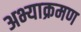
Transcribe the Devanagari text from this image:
अभ्याक्रमण